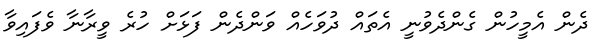
ދެން އެމީހުން ގެންދެވުނީ އެތައް ދުވަހެއް ވަންދެން ފަޅަށް ހުރެ ވީރާނާ ވެފައިވާ